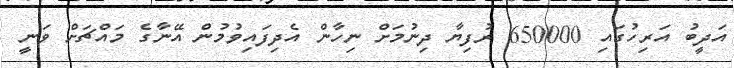
އަދީބު އަރިހުގައި 650000 ރުފިޔާ ދިނުމަށް ނިހާން އެދިފައިވުމުން އޭނާގެ މައްޗަށް ވަނީ